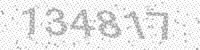
Solution: 134817